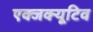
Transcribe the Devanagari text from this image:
एक्जक्यूटिव